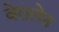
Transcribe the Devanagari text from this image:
वेरालेन